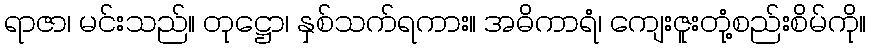
ရာဇာ၊ မင်းသည်။ တုဋ္ဌော၊ နှစ်သက်ရကား။ အဓိကာရံ၊ ကျေးဇူးတုံ့စည်းစိမ်ကို။